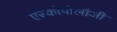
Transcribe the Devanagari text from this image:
एस्कोपोलॉजी